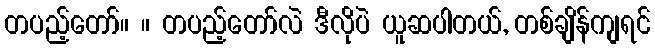
တပည့်တော်။ ။ တပည့်တော်လဲ ဒီလိုပဲ ယူဆပါတယ်, တစ်ချိန်ကျရင်